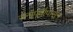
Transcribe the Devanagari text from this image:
सनापूर्वीपासून